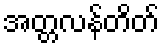
အတ္တလန်တိတ်